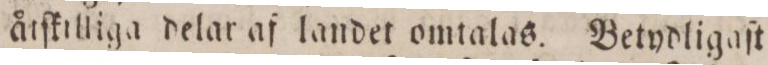
åtſktilliga delar af landet omtalas. Betydligaſt